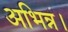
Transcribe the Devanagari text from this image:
अभिन्न।